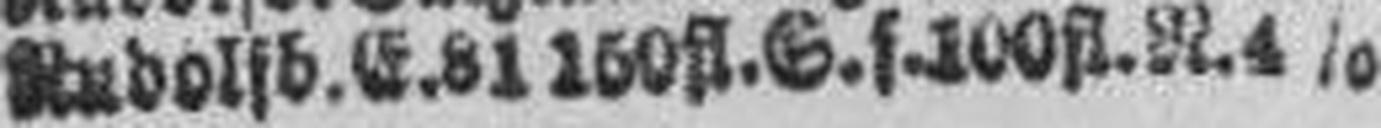
Rudolfb. E. 81 150 fl. S. f. 100 fl. N. 4%